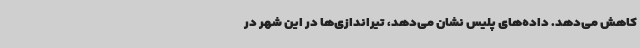
کاهش می‌دهد. داده‌های پلیس نشان می‌دهد، تیراندازی‌ها در این شهر در